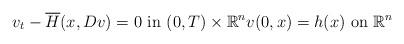
LaTeX: \begin{align*}v_{t} - \overline{H}(x, Dv)=0 \, \, \mbox{in} \, \, (0,T) \times \mathbb{R}^n v(0,x)=h(x) \, \, \mbox{on} \, \, \mathbb{R}^n\end{align*}